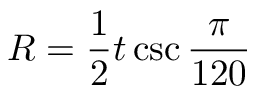
R = { \frac { 1 } { 2 } } t \csc { \frac { \pi } { 1 2 0 } }